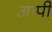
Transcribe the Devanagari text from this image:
आपी